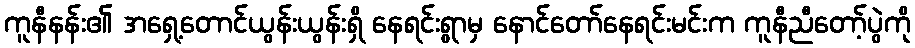
ကူနီနန်း၏ အရှေ့တောင်ယွန်းယွန်းရှိ နေရင်းရွာမှ နောင်တော်နေရင်းမင်းက ကူနီညီတော့်ပွဲကို